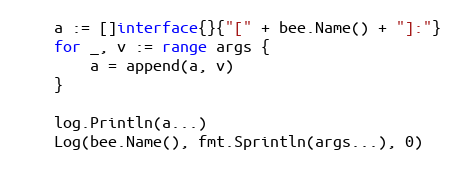
Language: Go
	a := []interface{}{"[" + bee.Name() + "]:"}
	for _, v := range args {
		a = append(a, v)
	}

	log.Println(a...)
	Log(bee.Name(), fmt.Sprintln(args...), 0)